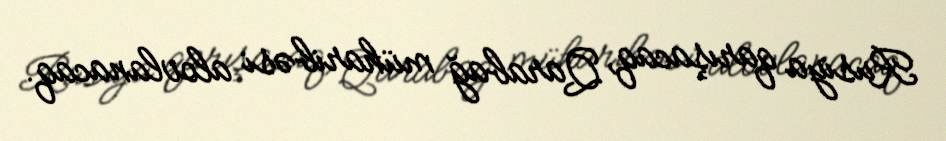
Rusiya qarışacaq, Qarabağ müharibəsi alovlanacaq.